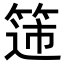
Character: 𬕟